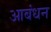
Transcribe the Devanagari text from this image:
आबंधन